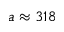
a \approx 3 1 8